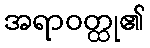
အရာဝတ္ထု၏